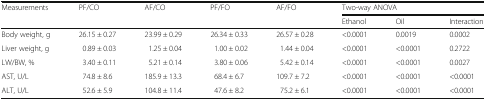
| <ROWSPAN=2> Measurements | <ROWSPAN=2> PF/CO | <ROWSPAN=2> AF/CO | <ROWSPAN=2> PF/FO | <ROWSPAN=2> AF/FO | <COLSPAN=3> Two-way ANOVA |
 | Ethanol | Oil | Interaction |
 | --- | --- | --- | --- | --- | --- | --- | --- |
 | Body weight, g | 26.15 ± 0.27 | 23.99 ± 0.29 | 26.34 ± 0.33 | 26.57 ± 0.28 | <0.0001 | 0.0019 | 0.0002 |
 | Liver weight, g | 0.89 ± 0.03 | 1.25 ± 0.04 | 1.00 ± 0.02 | 1.44 ± 0.04 | <0.0001 | <0.0001 | 0.2722 |
 | LW/BW, % | 3.40 ± 0.11 | 5.21 ± 0.14 | 3.80 ± 0.06 | 5.42 ± 0.14 | <0.0001 | <0.0001 | 0.0027 |
 | AST, U/L | 74.8 ± 8.6 | 185.9 ± 13.3 | 68.4 ± 6.7 | 109.7 ± 7.2 | <0.0001 | <0.0001 | <0.0001 |
 | ALT, U/L | 52.6 ± 5.9 | 104.8 ± 11.4 | 47.6 ± 8.2 | 75.2 ± 6.1 | <0.0001 | <0.0001 | <0.0001 |